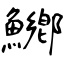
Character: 鱜